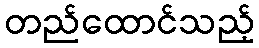
တည်ထောင်သည့်